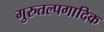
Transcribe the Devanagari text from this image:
गुरुतल्पगादिक